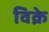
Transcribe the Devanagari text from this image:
विक्रे